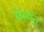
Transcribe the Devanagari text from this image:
मैलात